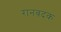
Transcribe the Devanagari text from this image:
रानबदक